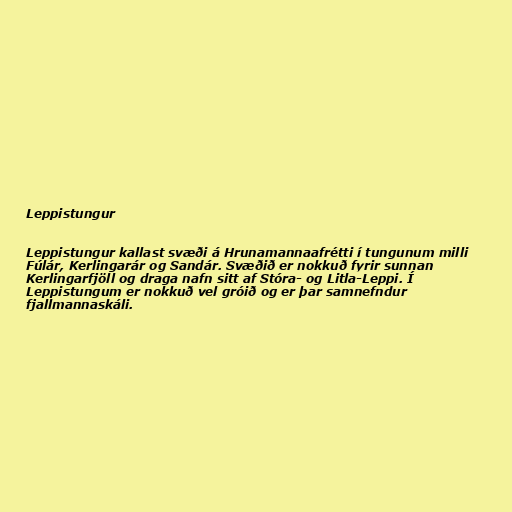
Leppistungur

Leppistungur kallast svæði á Hrunamannaafrétti í tungunum milli
Fúlár, Kerlingarár og Sandár. Svæðið er nokkuð fyrir sunnan
Kerlingarfjöll og draga nafn sitt af Stóra- og Litla-Leppi. Í
Leppistungum er nokkuð vel gróið og er þar samnefndur
fjallmannaskáli.